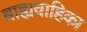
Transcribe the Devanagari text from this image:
बाह्यवाहिका